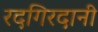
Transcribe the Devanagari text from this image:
रदगिरदानी